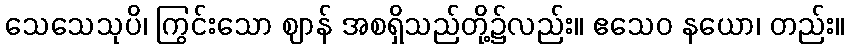
သေသေသုပိ၊ ကြွင်းသော ဈာန် အစရှိသည်တို့၌လည်း။ ဧသေဝ နယော၊ တည်း။